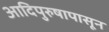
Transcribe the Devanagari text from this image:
आदिपुरुषापासून